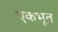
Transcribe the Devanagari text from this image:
एकभूत